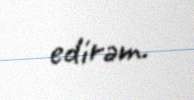
edirəm.